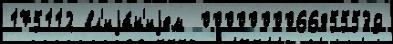
175112 вл'иjа́н'иjем  0000000066855539